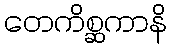
တေကိစ္ဆကာနိ